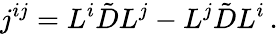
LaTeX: j^{ij}=L^{i}\tilde{D}L^{j}-L^{j}\tilde{D}L^{i}\, .